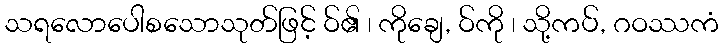
သရလောပေါစသောသုတ်ဖြင့် ဝ်၏ ၊ ကိုချေ, ဝ်ကို ၊ သို့ကပ်, ဂဝဿကံ